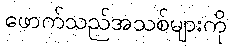
ဖောက်သည်အသစ်များကို